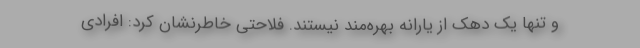
و تنها یک دهک از یارانه بهره‌مند نیستند. فلاحتی خاطرنشان کرد: افرادی